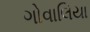
ગોવાલિયા